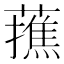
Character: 𮒝